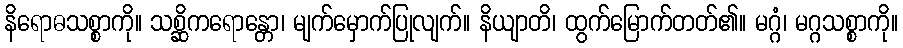
နိရောဓသစ္စာကို။ သစ္ဆိကရောန္တော၊ မျက်မှောက်ပြုလျက်။ နိယျာတိ၊ ထွက်မြောက်တတ်၏။ မဂ္ဂံ၊ မဂ္ဂသစ္စာကို။